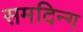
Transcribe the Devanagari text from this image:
समदिन्ग